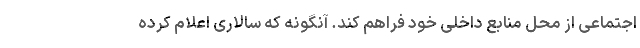
اجتماعی از محل منابع داخلی خود فراهم کند. آنگونه که سالاری اعلام کرده